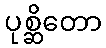
ပုစ္ဆိတော